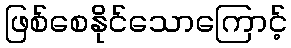
ဖြစ်စေနိုင်သောကြောင့်